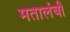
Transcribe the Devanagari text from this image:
मतालंबी